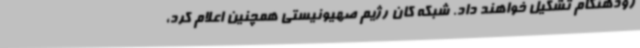
زودهنگام تشکیل خواهند داد. شبکه کان رژیم صهیونیستی همچنین اعلام کرد،